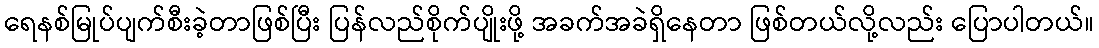
ရေနစ်မြုပ်ပျက်စီးခဲ့တာဖြစ်ပြီး ပြန်လည်စိုက်ပျိုးဖို့ အခက်အခဲရှိနေတာ ဖြစ်တယ်လို့လည်း ပြောပါတယ်။